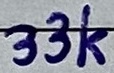
Text: 33K